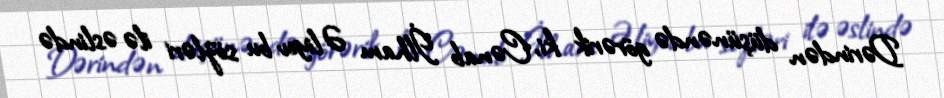
Dərindən düşünəndə görərik ki, Cənab İlham Əliyev bu sözləri ilə əslində